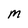
Character: m